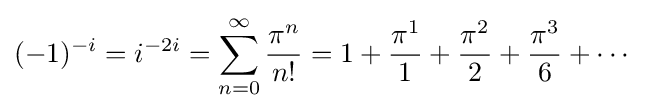
(-1)^{-i}=i^{-2i}=\sum _{n=0}^{\infty }{\frac {\pi ^{n}}{n!}}=1+{\frac {\pi ^{1}}{1}}+{\frac {\pi ^{2}}{2}}+{\frac {\pi ^{3}}{6}}+\cdots